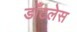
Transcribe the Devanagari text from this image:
डाँटलेस